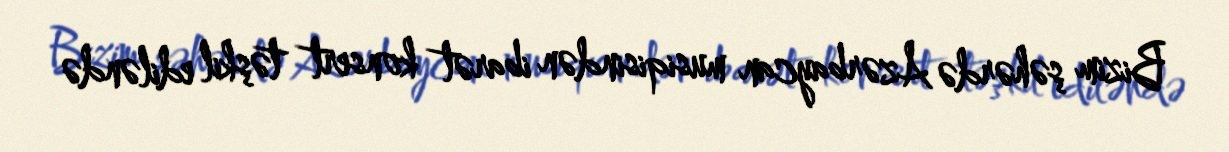
Bizim şəhərdə Azərbaycan musiqisindən ibarət konsert təşkil ediləndə